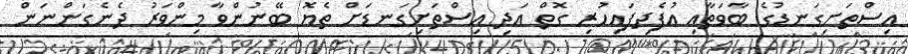
އިސްތަށިގަނޑުގެ ބާވަތާއި އުފެދިފައިހުރި ގޮތް އަދި އިސްތަށިގަނޑަށް ތެޔޮ ބޭނުންވާ މިންވަރު ދެނެގަންނަން